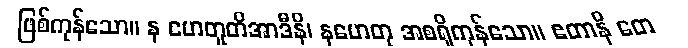
ဖြစ်ကုန်သော။ န ဟေတူတိအာဒီနိ၊ နဟေတု အစရှိကုန်သော။ ဧတာနိ တေ